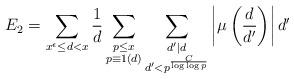
LaTeX: \begin{align*} E_2&=\sum_{x^{\epsilon}\leq d<x}\frac1d \sum_{\substack{{p\leq x} \\ {p\equiv 1 (d)}}} \sum_{\substack{{d'|d} \\ {d'<p^{\frac{C}{\log\log p}}}}} \left|\mu\left(\frac{d}{d'}\right)\right| d' \end{align*}